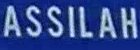
ASSILAH